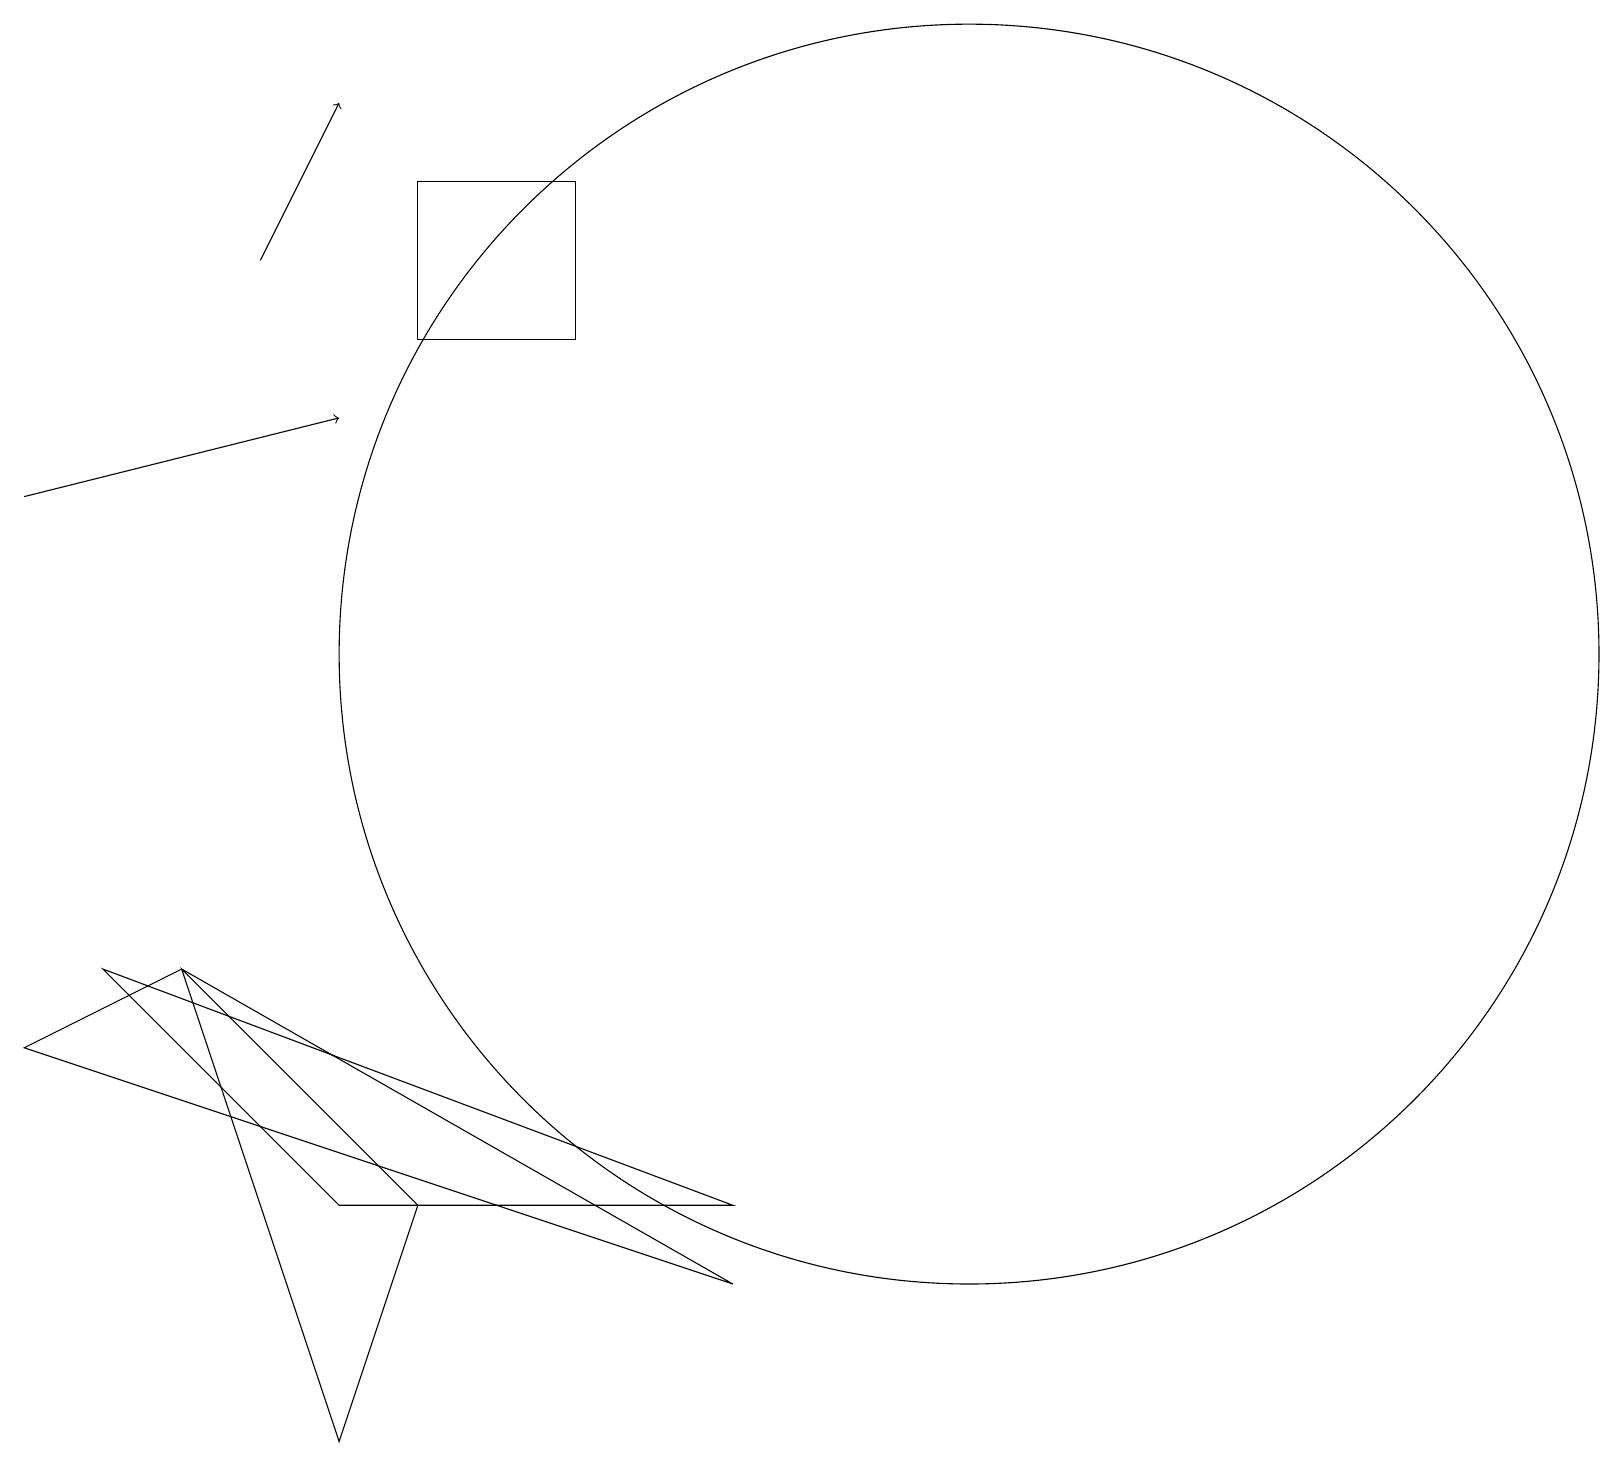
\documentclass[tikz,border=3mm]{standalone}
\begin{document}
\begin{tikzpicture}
\draw[->] (0,12) -- (4,13);
\draw (7,14) rectangle (5,16);
\draw (9,2) -- (2,6) -- (0,5) -- cycle;
\draw (12,10) circle (8);
\draw[->] (3,15) -- (4,17);
\draw (2,6) -- (5,3) -- (4,0) -- cycle;
\draw (4,3) -- (1,6) -- (9,3) -- cycle;
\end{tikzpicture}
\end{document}